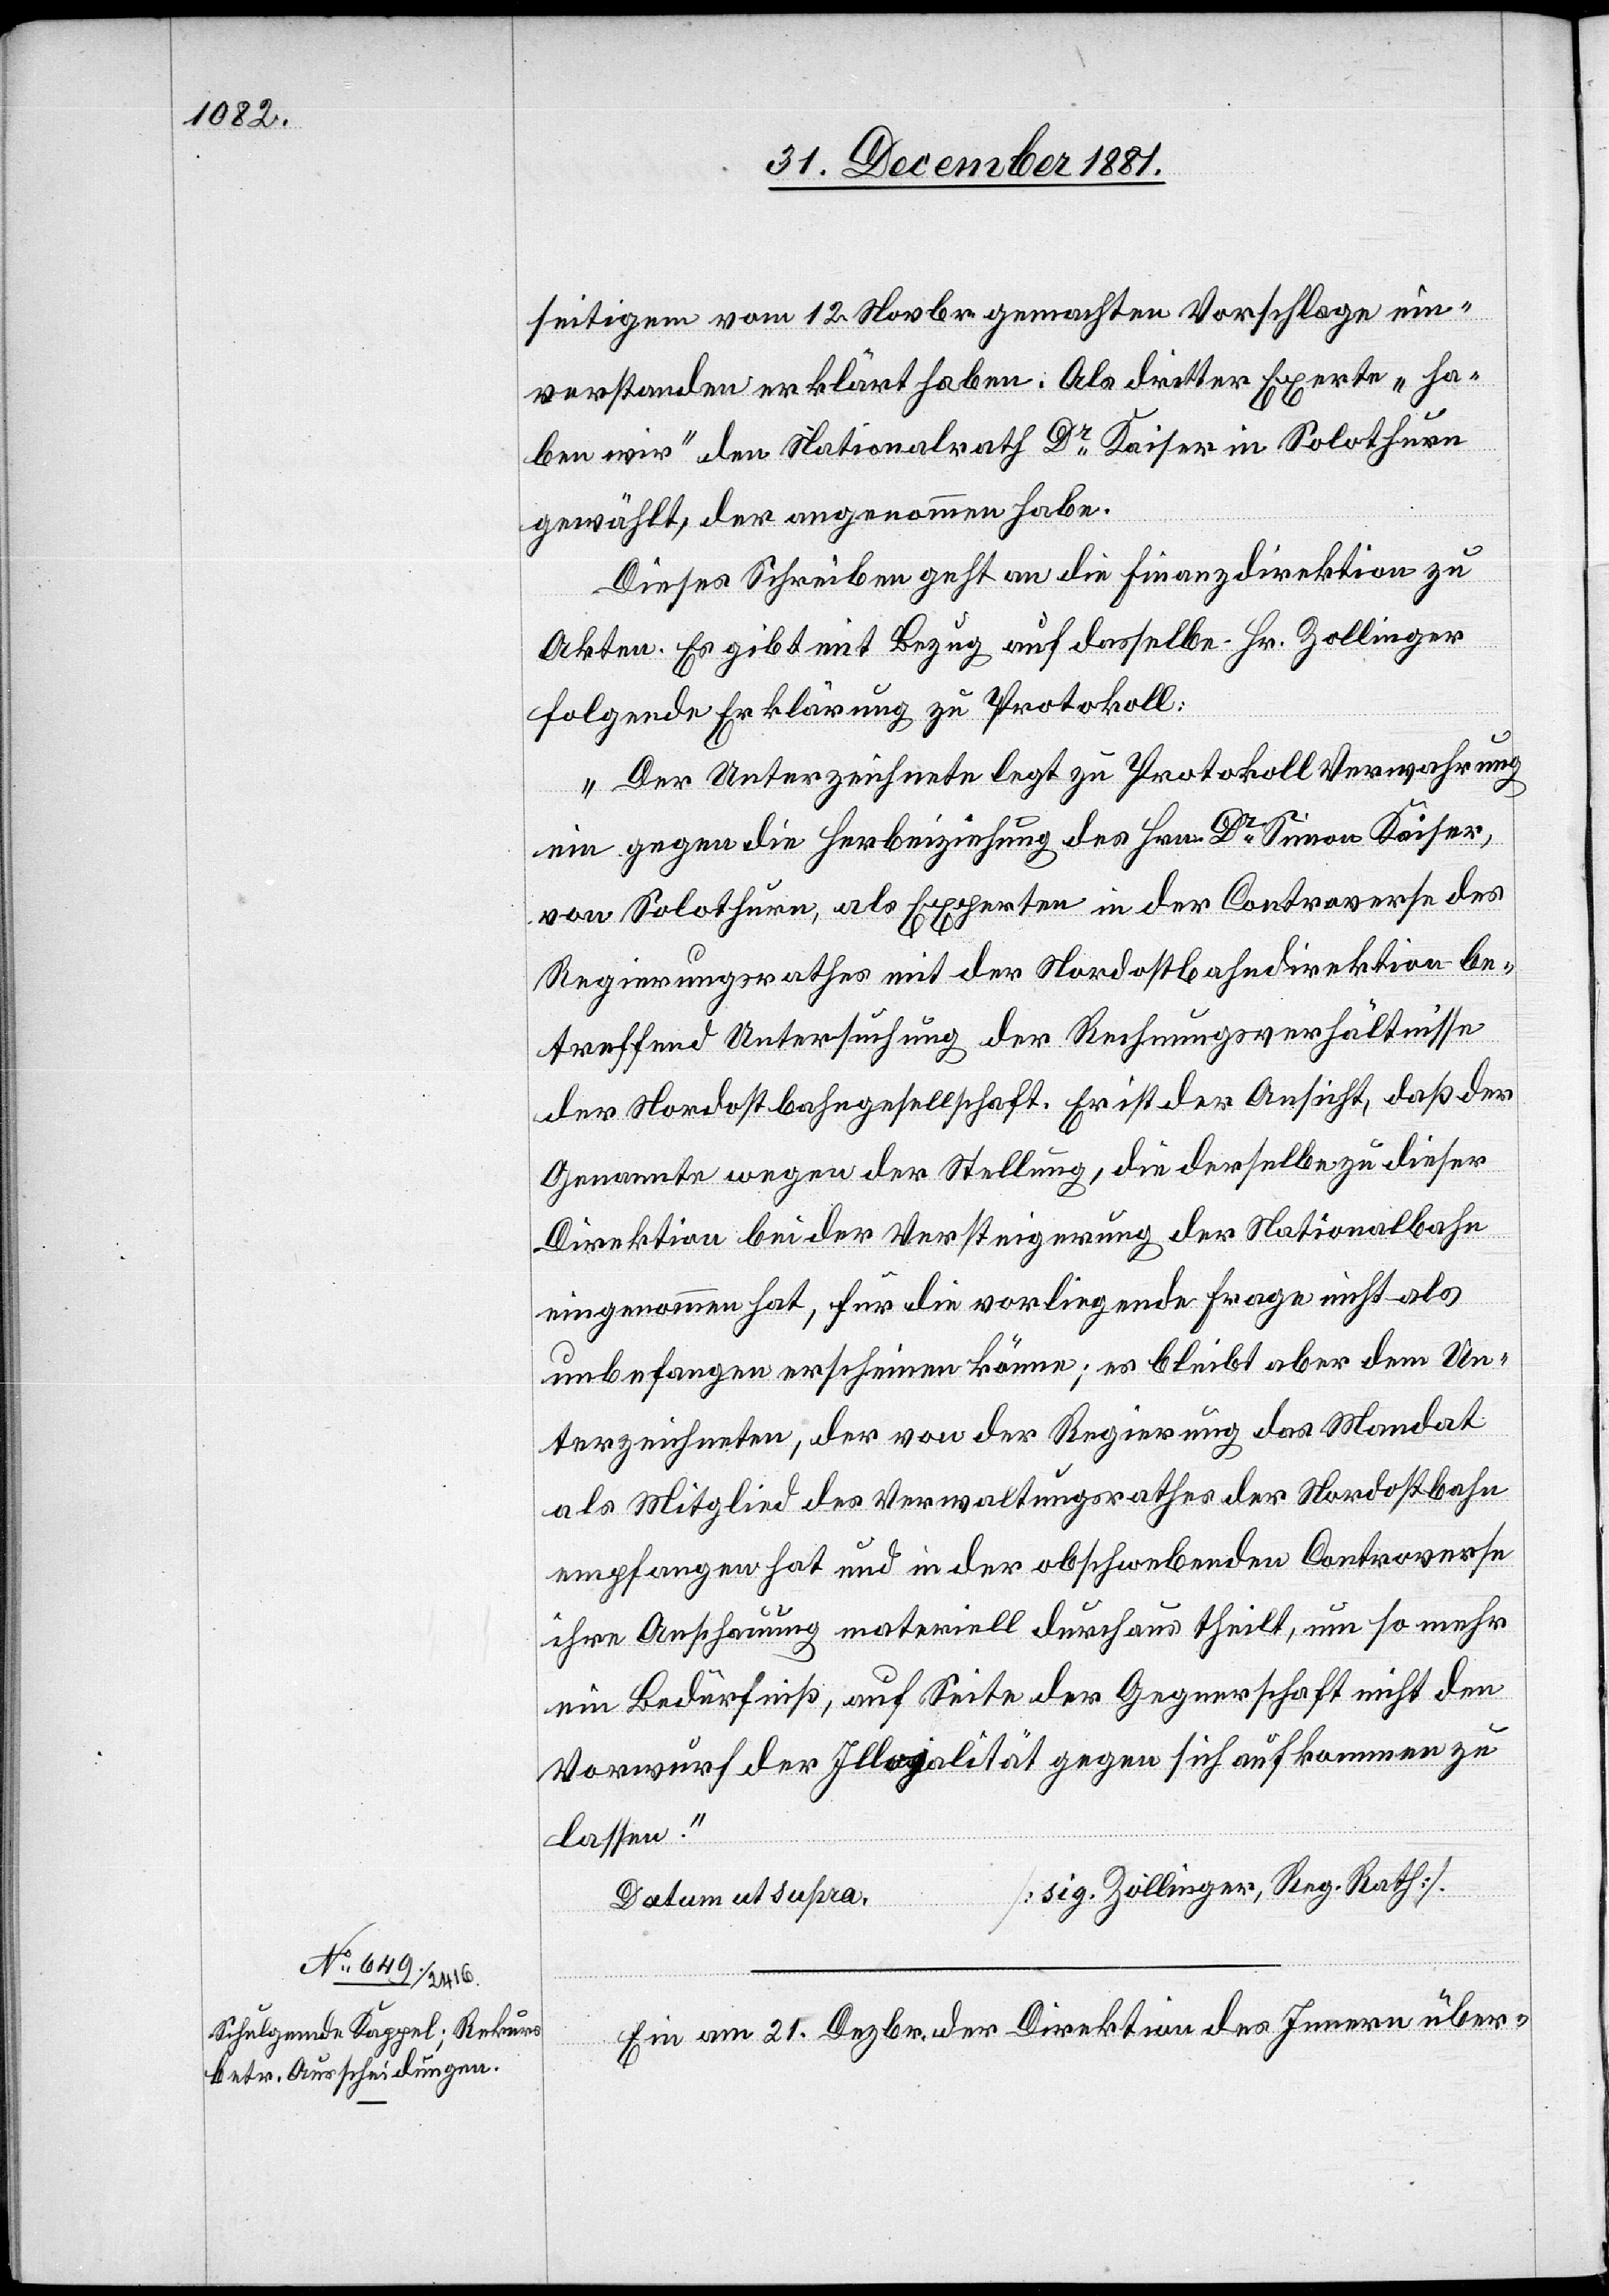
seitigem vom 12. November gemachten Vorschlage ein¬
verstanden erklärt haben. Als dritter Experte „ha¬
ben wir“ den Nationalrath Dr Kaiser in Solothurn
gewählt, der angenommen habe.
Dieses Schreiben geht an die Finanzdirektion zu
Akten. Es gibt mit Bezug auf dasselbe Hr. Zollinger
folgende Erklärung zu Protokoll:
„Der Unterzeichnete legt zu Protokoll Verwahrung
ein gegen die Herbeiziehung des Hrn. Dr Simon Kaiser,
von Solothurn, als Experten in der Controverse des
Regierungsrathes mit der Nordostbahndirektion be¬
treffend Untersuchung der Rechnungsverhältnisse
der Nordostbahngesellschaft. Er ist der Ansicht, daß der
Genannte wegen der Stellung, die derselbe zu dieser
Direktion bei der Versteigerung der Nationalbahn
eingenommen hat, für die vorliegende Frage nicht als
unbefangen erscheinen könne; es bleibt aber dem Un¬
terzeichneten, der von der Regierung das Mandat
als Mitglied des Verwaltungsrathes der Nordostbahn
empfangen hat und in der obschwebenden Controverse
ihre Anschauung materiell durchaus theilt, um so mehr
ein Bedürfniß, auf Seite der Gegnerschaft nicht den
Vorwurf der Illojalität gegen sich aufkommen zu
lassen.“
[sig. Zollinger, Reg. Rath].
Datum ad supra.
Ein am 21. Dezbr. der Direktion des Innern über-